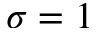
\sigma = 1